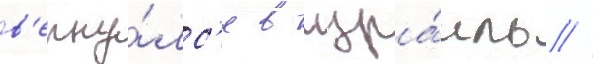
в'ерну́лс'я в изра́иль //